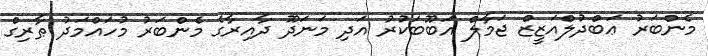
މެންބަރު ޢަބްދުލްއަޒީޒް ޖަމާލް އަބޫބަކުރު އަދި މަނަދޫ ދާއިރާގެ މެންބަރު މުހައްމަދު ޠާރިގް